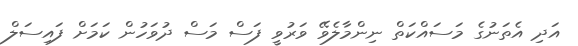
އަދި އެތަނުގެ މަސައްކަތް ނިންމާލެވޭ ވަރުވީ ފަސް މަސް ދުވަހުން ކަމަށް ފައިސަލް